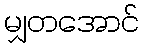
မျှတအောင်